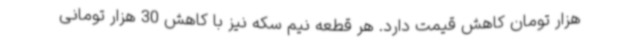
هزار تومان کاهش قیمت دارد. هر قطعه نیم سکه نیز با کاهش 30 هزار تومانی